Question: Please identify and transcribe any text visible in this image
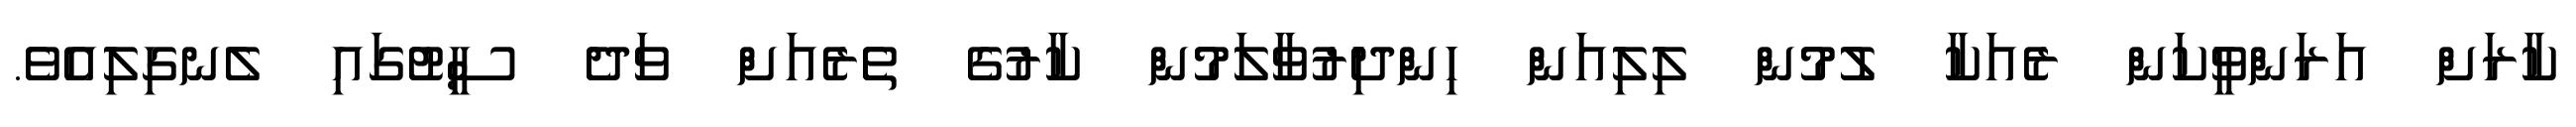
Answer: ކާރަށް އަރަންވީކަން ރެއަކާ ލުމުން ލިލިއަން ހިންދިރުވާލަމުން ކާރުގެ ތެރެއަށް ވަދެ ސީޓުގައި ލެނގިލިއެވެ.